Lunatic asylums Bombay report 1891-1903 - 1891-1903
Year: 1891
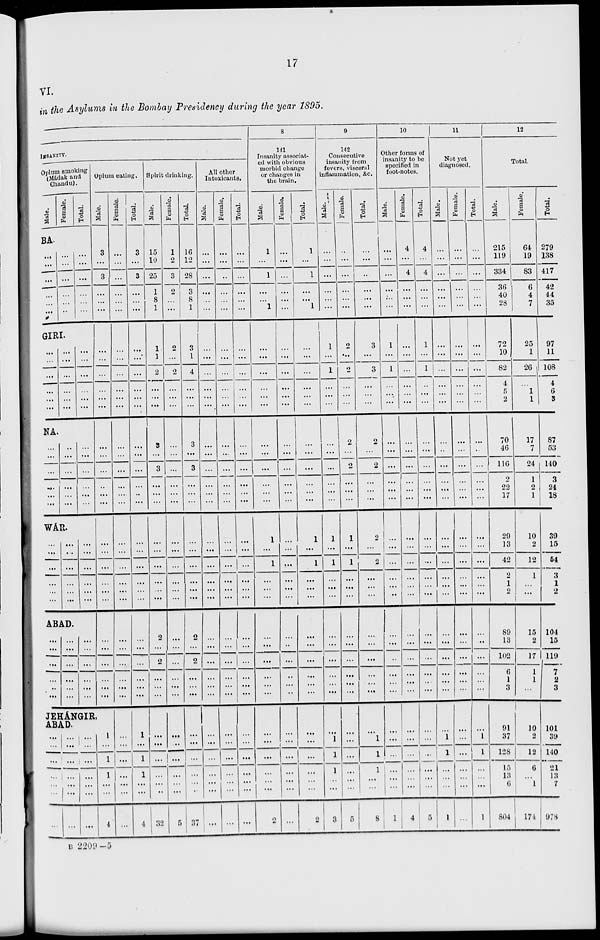
17
VI.
in the Asylums in the Bombay Presidency during the year 1895.
INSANITY.
Opium smoking
(Mádak and
Chandu).
Male.
Female.
Total.
BA.
...
...
...
...
...
...
...
...
...
...
...
...
...
...
...
...
...
...
GIRI.
...
...
...
...
...
...
...
...
...
...
...
...
...
...
...
...
...
...
NA.
...
...
...
...
...
...
...
...
...
...
...
...
...
...
...
...
...
...
WÁR.
...
...
...
...
...
...
...
...
...
...
...
...
...
...
...
...
...
...
ABAD.
...
...
...
...
...
...
...
...
...
...
...
...
...
...
...
...
...
...
Opium eating.
Male.
3
...
3
...
...
...
...
...
...
...
...
...
...
...
...
...
...
...
...
...
...
...
...
...
...
...
...
...
...
...
JEHÁNGIR
ABAD.
...
...
...
...
...
...
...
...
...
...
...
...
...
...
...
...
...
...
...
...
...
1
...
1
1
...
...
4
Female.
...
...
...
...
...
...
...
...
...
...
...
...
...
...
...
...
...
...
...
...
...
...
...
...
...
...
...
...
...
...
...
...
...
...
...
...
...
Total.
3
...
3
...
...
...
...
...
...
...
...
...
...
...
...
...
...
...
...
...
...
...
...
...
...
...
...
...
...
...
1
...
1
1
...
...
4
Spirit drinking.
Male.
15
10
25
1
8
1
1
1
2
...
...
...
3
...
3
...
...
...
...
...
...
...
...
...
2
...
2
...
...
...
...
...
...
...
...
...
32
Female.
1
2
3
2
...
...
2
...
2
...
...
...
...
...
...
...
...
...
...
...
...
...
...
...
...
...
...
...
...
...
...
...
...
...
...
...
5
Total.
16
12
28
3
8
1
3
1
4
...
...
...
3
...
3
...
...
...
...
...
...
...
...
...
2
...
2
...
...
...
...
...
...
...
...
...
37
All other
Intoxicants.
Male.
...
...
...
...
...
...
...
...
...
...
...
...
...
...
...
...
...
...
...
...
...
...
...
...
...
...
...
...
...
...
...
...
...
...
...
...
...
Female.
...
...
...
...
...
...
...
...
...
...
...
...
...
...
...
...
...
...
...
...
...
...
...
...
...
...
...
...
...
...
...
...
...
...
...
...
...
Total.
...
...
...
...
...
...
...
...
...
...
...
...
...
...
...
...
...
...
...
...
...
...
...
...
...
...
...
...
...
...
...
...
...
...
...
...
...
8
141
Insanity associat-
ed with obvious
morbid change
or changes in
the brain.
Male.
1
...
1
...
...
1
...
...
...
...
...
...
...
...
...
...
...
...
1
...
1
...
...
...
...
...
...
...
...
...
...
...
...
...
...
...
2
Female.
...
...
...
...
...
...
...
...
...
...
...
...
...
...
...
...
...
...
...
...
...
...
...
...
...
...
...
...
...
...
...
...
...
...
...
...
...
Total.
1
...
1
...
...
1
...
...
...
...
...
...
...
...
...
...
...
...
1
...
1
...
...
...
...
...
...
...
...
...
...
...
...
...
...
...
2
9
142
Consecutive
insanity from
fevers, visceral
inflammation, &c.
Male.
...
...
...
...
...
...
1
...
1
...
...
...
...
...
...
...
...
...
1
...
1
...
...
...
...
...
...
...
...
...
...
1
1
1
...
...
3
Female.
...
...
...
...
...
...
2
...
2
...
...
...
2
...
2
...
...
...
1
...
1
...
...
...
...
...
...
...
...
...
...
...
...
...
...
...
5
Total.
...
...
...
...
...
...
3
...
3
...
...
...
2
...
2
...
...
...
2
...
2
...
...
...
...
...
...
...
...
...
...
1
1
1
...
...
8
10
Other forms of
insanity to be
specified in
foot-notes.
Male.
...
...
...
...
...
...
1
...
1
...
...
...
...
...
...
...
...
...
...
...
...
...
...
...
...
...
..
...
...
...
...
...
...
...
...
...
1
Female.
4
...
4
...
...
...
...
...
...
...
...
...
...
...
...
...
...
...
...
...
...
...
...
...
...
...
...
...
...
...
...
...
...
...
...
...
4
Total.
4
...
4
...
...
...
1
...
1
...
...
...
...
...
...
...
...
...
...
...
...
...
...
...
...
...
...
...
...
...
...
...
...
...
...
...
5
11
Not yet
diagnosed.
Male.
...
...
...
...
...
...
...
...
...
...
...
...
...
...
...
...
...
...
...
...
...
...
...
...
...
...
...
...
...
...
...
1
1
...
...
...
1
Female.
...
...
...
...
...
...
...
...
...
...
...
...
...
...
...
...
...
...
...
...
...
...
...
...
...
...
...
...
...
...
...
...
...
...
...
...
...
Total.
...
...
...
...
...
...
...
...
...
...
...
...
...
...
...
...
...
...
...
...
...
...
...
...
...
...
...
...
...
...
...
1
1
...
...
...
1
12
Total.
Male.
215
119
334
36
40
28
72
10
82
4
5
2
70
46
116
2
22
17
29
13
42
2
1
2
89
13
102
6
1
3
91
37
128
15
13
6
804
Female.
64
19
83
6
4
7
25
1
26
...
1
1
17
7
24
1
2
1
10
2
12
1
...
...
15
2
17
1
1
...
10
2
12
6
...
1
174
Total.
279
138
417
42
44
35
97
11
108
4
6
3
87
53
140
3
24
18
39
15
54
3
1
2
104
15
119
7
2
3
101
39
140
21
13
7
978
B 2209—5